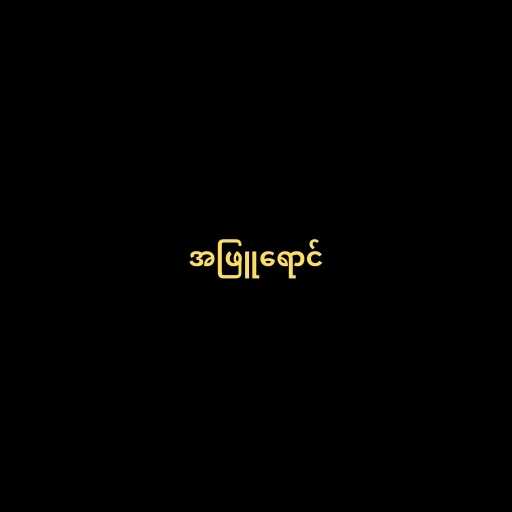
အဖြူရောင်